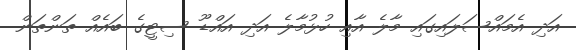
އަދި އެމައްސަލައިގައި މާލެ އާއި ހުޅުމާލެ އަދި އައްޑޫ ސިޓީގެ ބައެއް ތަންތަން